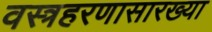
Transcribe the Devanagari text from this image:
वस्त्रहरणासारख्या